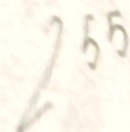
255